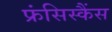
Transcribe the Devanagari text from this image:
फ्रंसिस्कैंस